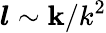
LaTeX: \boldsymbol{l}\sim\mathbf{k}/k^{2}